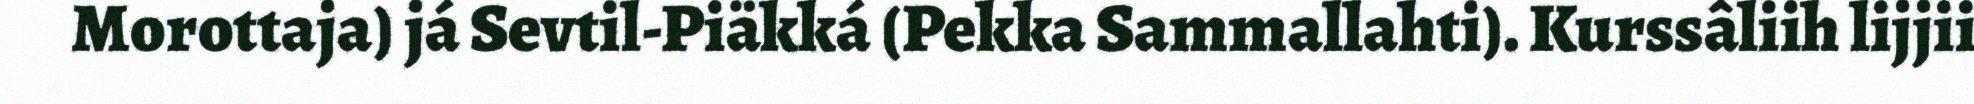
Morottaja) já Sevtil-Piäkká (Pekka Sammallahti). Kurssâliih lijjii